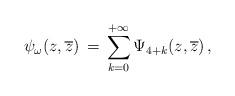
LaTeX: \begin{align*}\psi_\omega (z, \overline{z}) \, = \, \sum_{k=0}^{+\infty}\Psi_{4+k}(z, \overline{z}) \, ,\end{align*}